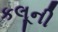
કલૂની